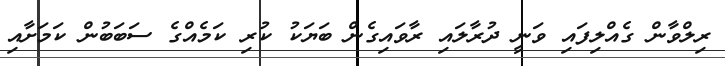
ރިލްވާން ގެއްލިފައި ވަނީ ދުރާލައި ރާވައިގެން ބަޔަކު ކުރި ކަމެއްގެ ސަބަބުން ކަމަށާއި